Lunatic asylums Burma 1907-21 - 1907-1921
Year: 1907
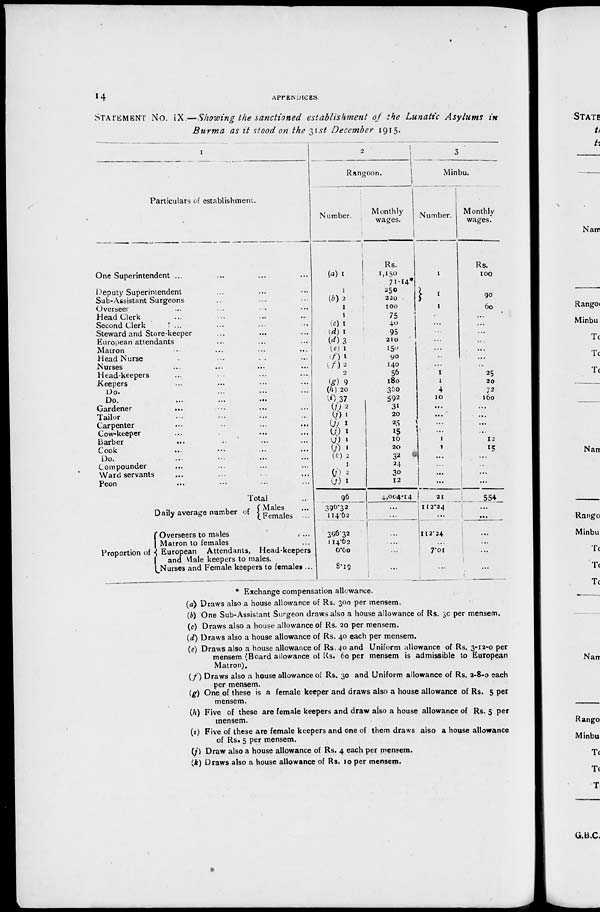
14
APPENDICES.
STATEMENT No. IX.—Showing the sanctioned
establishment
of the Lunatic
Asylums
in
Burma
as it stood on the 31st December 1915.
1
Particulars of establishment.
One Superintendent ... ... ... ...
Deputy Superintendent ... ... ...
Sub-Assistant Surgeons ... ... ...
Overseer ... ... ... ...
Head Clerk ... ... ... ...
Second Clerk ... ... ... ...
Steward and Store-keeper ... ... ...
European attendants ... ... ...
Matron ... ... ... ...
Head Nurse ... ... ... ...
Nurses ... ... ... ...
Head-keepers ... ... ... ...
Keepers ... ... ... ...
Do. ... ... ... ...
Do. ... ... ... ...
Gardener ... ... ... ...
Tailor ... ... ... ...
Carpenter ... ... ... ...
Cow-keeper ... ... ... ...
Barber ... ... ... ...
Cook ... ... ... ...
Do. ... ... ... ...
Compounder ... ... ... ...
Ward servants ... ... ... ...
Peon ... ... ... ...
Total ...
Daily average number of
Proportion of
Males ...
Females ...
Overseers to males ...
Matron to females ...
European Attendants, Head-keepers
and Male keepers to males.
Nurses and Female keepers to females ...
2
Rangoon.
Number.
(a) 1
1
(b)2
1
1
(c) 1
(d) 1
(d)3
(e) 1
(f) 1
(f) 2
2
(g) 9
(h) 20
(i) 37
(j) 2
(j) 1
(j) 1
(j) 1
(j) 1
(j) 1
(k) 2
1
(j) 2
(j) 1
96
390.32
114.62
396.32
114.62
6.60
8.19
Monthly
wages.
Rs.
1,150
71.14*
250
220
100
75
40
95
210
150
90
140
56
180
360
592
31
20
25
15
16
20
32
24
30
12
4,004.14
...
...
...
...
...
...
3
Minbu.
Number.
1
1
1
...
...
...
...
...
..
...
1
1
4
10
...
...
...
1
1
1
...
...
...
...
21
112.24
...
112.24
...
7.01
...
Monthly
wages.
Rs.
100
90
60
...
...
...
...
...
...
...
25
20
72
160
...
...
...
1
12
15
...
...
...
...
554
...
...
...
...
...
...
* Exchange compensation allowance.
(a) Draws also a house allowance of Rs. 300 per mensem.
(b) One Sub-Assistant Surgeon draws also a house allowance of Rs. 30 per mensem.
(c) Draws also a house allowance of Rs. 20 per mensem.
(d) Draws also a house allowance of Rs. 40 each per mensem.
(e) Draws also a house allowance of Rs. 40 and Uniform allowance of Rs. 3-12-0 per
mensem (Board allowance of Rs. 60 per mensem is admissible to European
Matron).
(f) Draws also a house allowance of Rs. 30 and Uniform allowance of Rs. 2-8-0 each
per mensem.
(g) One of these is a female keeper and draws also a house allowance of Rs. 5 per
mensem.
(h) Five of these are female keepers and draw also a house allowance of Rs. 5 per
mensem.
(i) Five of these are female keepers and one of them draws also a house allowance
of Rs. 5 per mensem.
(j) Draw also a house allowance of Rs. 4 each per mensem.
(k) Draws also a house allowance of Rs. 10 per mensem.